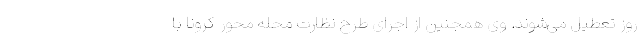
روز تعطیل می‌شوند. وی همجنین از اجرای طرح نظارت محله محور کرونا با